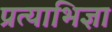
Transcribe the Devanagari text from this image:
प्रत्याभिज्ञा